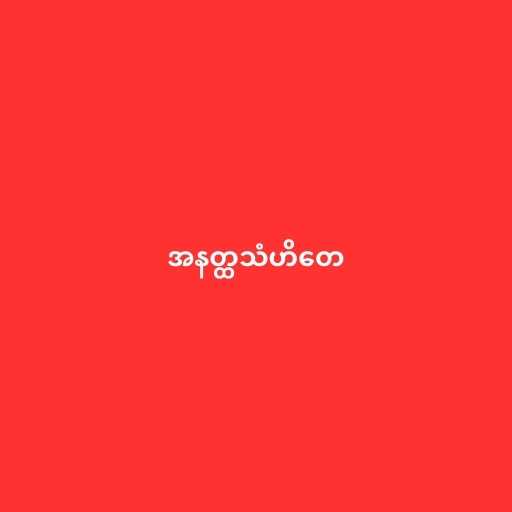
အနတ္ထသံဟိတေ